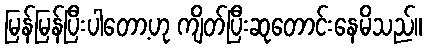
မြန်မြန်ပြီးပါတော့ဟု ကျိတ်ပြီးဆုတောင်းနေမိသည်။